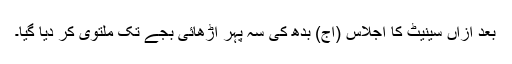
بعد ازاں سینیٹ کا اجلاس (آج) بدھ کی سہ پہر اڑھائی بجے تک ملتوی کر دیا گیا۔